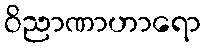
ဝိညာဏာဟာရော